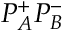
P _ { A } ^ { + } P _ { B } ^ { - }